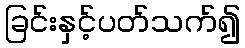
ခြင်းနှင့်ပတ်သက်၍